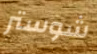
شوستر